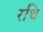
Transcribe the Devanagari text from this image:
रथि